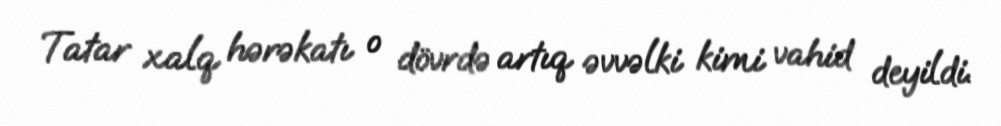
Tatar xalq hərəkatı o dövrdə artıq əvvəlki kimi vahid deyildi.